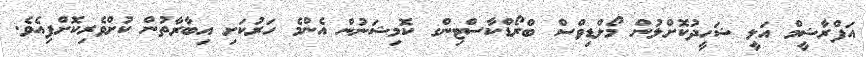
އަފްރާޝީމް އަލީ ޝަހީދުކޮށްލުން މޯލްޑިވްސް ބްރޯޑްކާސްޓިންގ ކޮމިޝަނުން އެންމެ ހަރުކަށި އިބާރާތުން ކުށްވެރިކޮށްފިއެވެ.